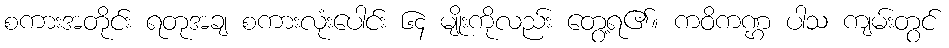
စကားအတိုင်း ရတုအချ စကားလုံးပေါင်း ၆၄ မျိုးကိုလည်း တွေ့ရ၏။ ကဝိကဏ္ဌ ပါသ ကျမ်းတွင်